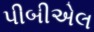
પીબીએલ